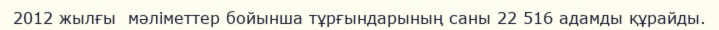
2012 жылғы  мәліметтер бойынша тұрғындарының саны 22 516 адамды құрайды.